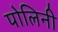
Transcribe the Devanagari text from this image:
पोलिनी